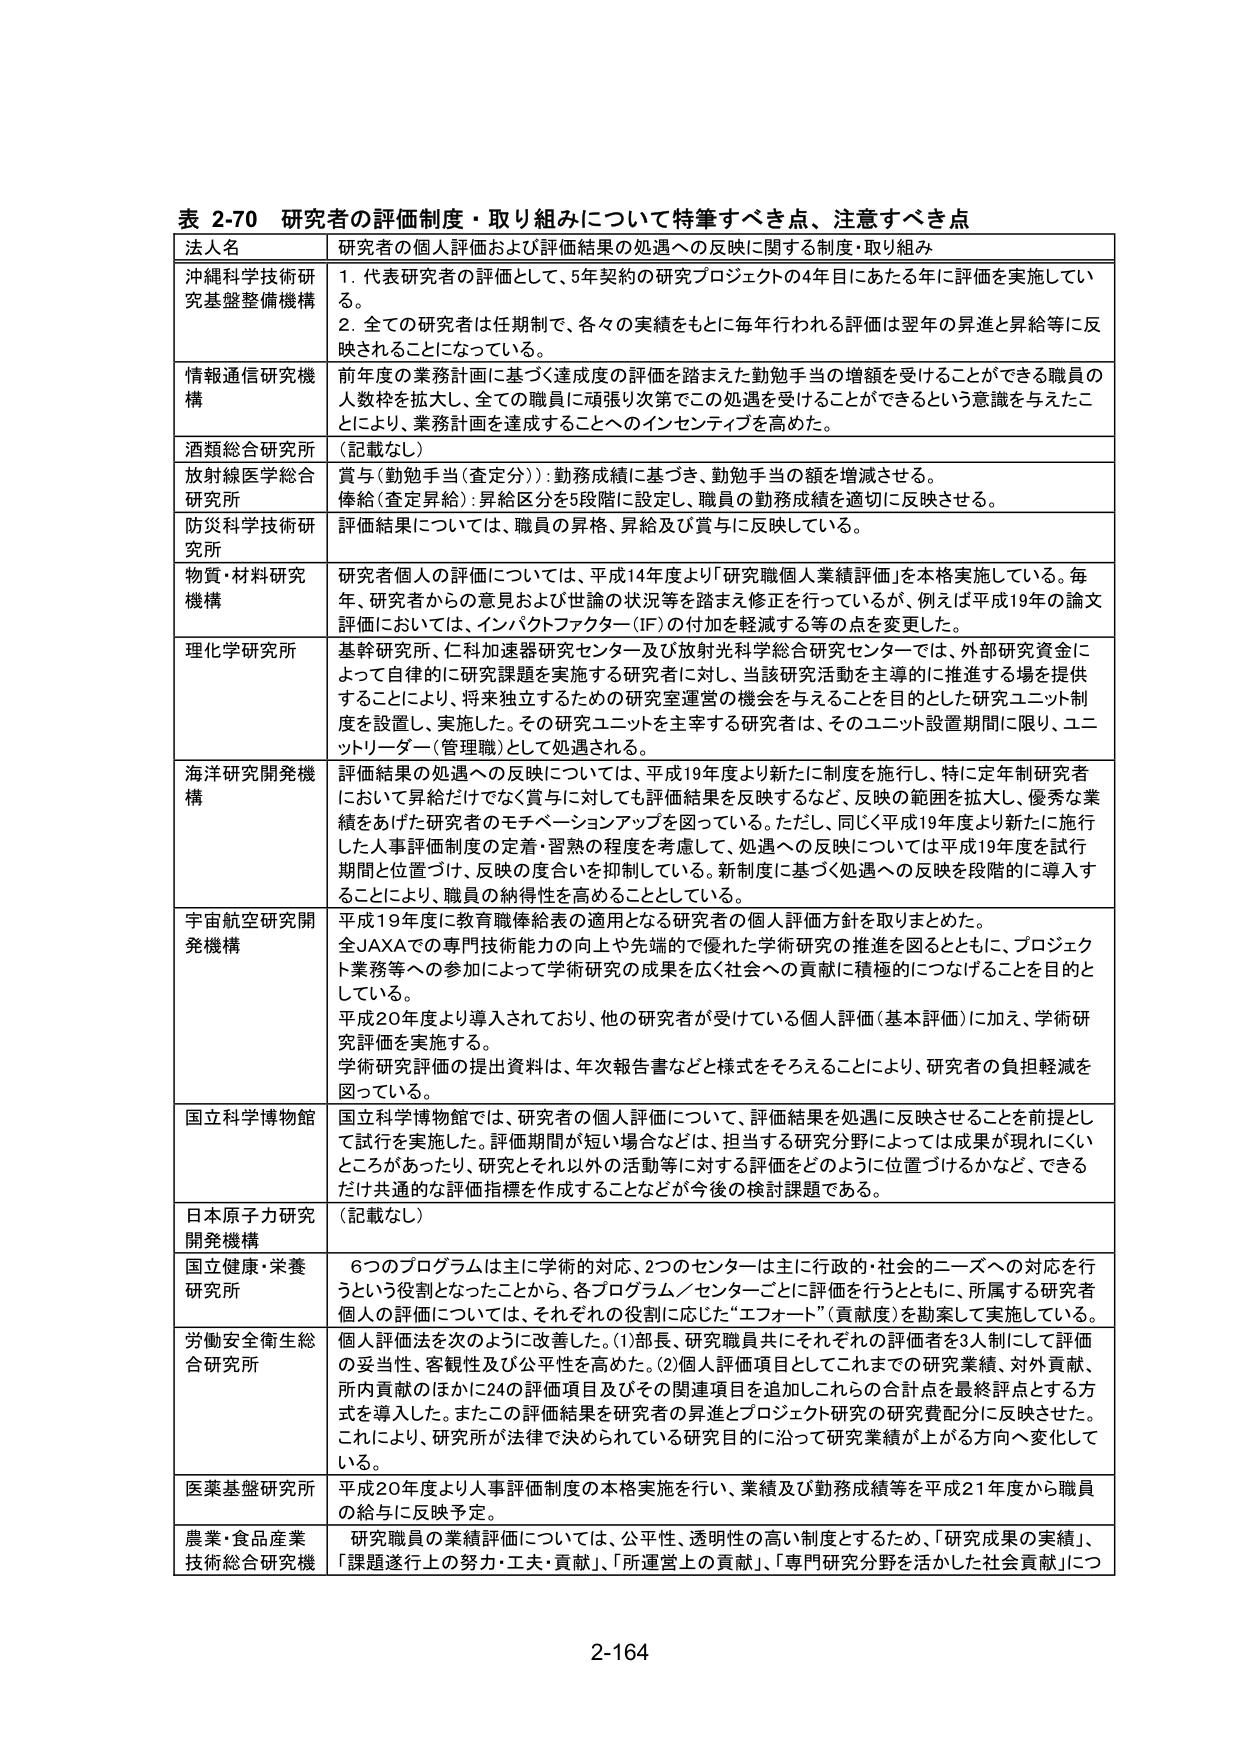
表 2-70 研究者の評価制度・取り組みについて特筆すべき点、注意すべき点
法人名 研究者の個人評価および評価結果の処遇への反映に関する制度・取り組み
沖縄科学技術研究基盤整備機構 1. 代表研究者の評価として、5年契約の研究プロジェクトの4年目にあたる年に評価を実施している。
2. 全ての研究者は任期制で、各々の実績をもとに毎年行われる評価は翌年の昇進と昇給等に反映されることになっている。
情報通信研究機構 前年度の業務計画に基づく達成度の評価を踏まえた勤勉手当の増額を受けることができる職員の人数枠を拡大し、全ての職員に頑張り次第でこの処遇を受けることができるという意識を与えたことにより、業務計画を達成することへのインセンティブを高めた。
酒類総合研究所 （記載なし）
放射線医学総合研究所 賞与（勤勉手当（査定分））：勤務成績に基づき、勤勉手当の額を増減させる。
俸給（査定昇給）：昇給区分を5段階に設定し、職員の勤務成績を適切に反映させる。
防災科学技術研究所 評価結果については、職員の昇格、昇給及び賞与に反映している。
物質・材料研究機構 研究者個人の評価については、平成14年度より「研究職個人業績評価」を本格実施している。毎年、研究者からの意見および世論の状況等を踏まえ修正を行っているが、例えば平成19年の論文評価においては、インパクトファクター（IF）の付加を軽減する等の点を変更した。
理化学研究所 基幹研究所、仁科加速器研究センター及び放射光科学総合研究センターでは、外部研究資金によって自律的に研究課題を実施する研究者に対し、当該研究活動を主導的に推進する場を提供することにより、将来独立するための研究室運営の機会を与えることを目的とした研究ユニット制度を設置し、実施した。その研究ユニットを主宰する研究者は、そのユニット設置期間に限り、ユニットリーダー（管理職）として処遇される。
海洋研究開発機構 評価結果の処遇への反映については、平成19年度より新たに制度を施行し、特に定年制研究者において昇給だけでなく賞与に対しても評価結果を反映するなど、反映の範囲を拡大し、優秀な業績をあげた研究者のモチベーションアップを図っている。ただし、同じく平成19年度より新たに施行した人事評価制度の定着・習熟の程度を考慮して、処遇への反映については平成19年度を試行期間と位置づけ、反映の度合いを抑制している。新制度に基づく処遇への反映を段階的に導入することにより、職員の納得性を高めることとしている。
宇宙航空研究開発機構 平成19年度に教育職俸給表の適用となる研究者の個人評価方針を取りまとめた。
全JAXAでの専門技術能力の向上や先端的で優れた学術研究の推進を図るとともに、プロジェクト業務等への参加によって学術研究の成果を広く社会への貢献に積極的につなげることを目的としている。
平成20年度より導入されており、他の研究者が受けている個人評価（基本評価）に加え、学術研究評価を実施する。
学術研究評価の提出資料は、年次報告書などと様式をそろえることにより、研究者の負担軽減を図っている。
国立科学博物館 国立科学博物館では、研究者の個人評価について、評価結果を処遇に反映させることを前提として試行を実施した。評価期間が短い場合などは、担当する研究分野によっては成果が現れにくいところがあったり、研究とそれ以外の活動等に対する評価をどのように位置づけるかなど、できるだけ共通的な評価指標を作成することなどが今後の検討課題である。
日本原子力研究開発機構 （記載なし）
国立健康・栄養研究所 6つのプログラムは主に学術的対応、2つのセンターは主に行政的・社会的ニーズへの対応を行うという役割となったことから、各プログラム／センターごとに評価を行うとともに、所属する研究者個人の評価については、それぞれの役割に応じた“エフォート”（貢献度）を勘案して実施している。
労働安全衛生総合研究所 個人評価法を次のようにな改善した。(1)部長、研究職員共にそれぞれの評価者を3人制にして評価の妥当性、客観性及び公平性を高めた。(2)個人評価項目としてこれまでの研究業績、対外貢献、所内貢献のほかに24の評価項目及びその関連項目を追加しこれらの合計点を最終評点とする方式を導入した。またこの評価結果を研究者の昇進とプロジェクト研究の研究費配分に反映させた。これにより、研究所が法律で決められている研究目的に沿って研究業績が上がる方向へ変化している。
医薬基盤研究所 平成20年度より人事評価制度の本格実施を行い、業績及び勤務成績等を平成21年度から職員の給与に反映予定。
農業・食品産業技術総合研究機 研究職員の業績評価については、公平性、透明性の高い制度とするため、「研究成果の実績」、「課題遂行上の努力・工夫・貢献」、「所運営上の貢献」、「専門研究分野を活かした社会貢献」につ
2-164